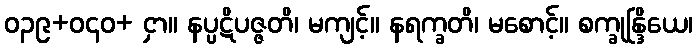
ဝ၃၉+ဝ၄၀+ ငှာ။ နပ္ပဋိပဇ္ဇတိ၊ မကျင့်။ နရက္ခတိ၊ မစောင့်။ စက္ခုန္ဒြိယေ၊